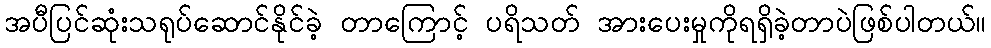
အပီပြင်ဆုံးသရုပ်ဆောင်နိုင်ခဲ့ တာကြောင့် ပရိသတ် အားပေးမှုကိုရရှိခဲ့တာပဲဖြစ်ပါတယ်။